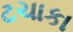
ટચાકા